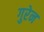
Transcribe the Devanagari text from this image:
गुरेन